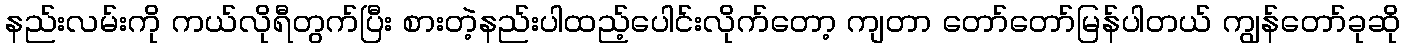
နည်းလမ်းကို ကယ်လိုရီတွက်ပြီး စားတဲ့နည်းပါထည့်ပေါင်းလိုက်တော့ ကျတာ တော်တော်မြန်ပါတယ် ကျွန်တော်ခုဆို